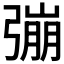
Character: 𢐒